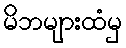
မိဘများထံမှ